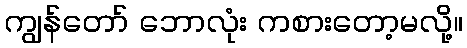
ကျွန်တော် ဘောလုံး ကစားတော့မလို့။